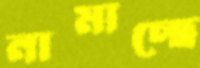
নামাচ্ছে